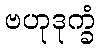
ဗဟုဒုက္ခံ